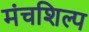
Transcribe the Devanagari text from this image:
मंचशिल्प